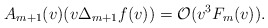
\begin{align*} A_{m+1}(v)(v\Delta_{m+1}f(v))=\mathcal{O}(v^3F_m(v)).\end{align*}